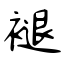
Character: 褪